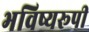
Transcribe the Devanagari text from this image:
भविष्यरूपी